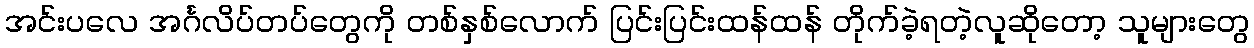
အင်းပလေ အင်္ဂလိပ်တပ်တွေကို တစ်နှစ်လောက် ပြင်းပြင်းထန်ထန် တိုက်ခဲ့ရတဲ့လူဆိုတော့ သူများတွေ